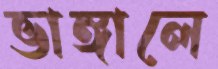
ভাঙ্গালে